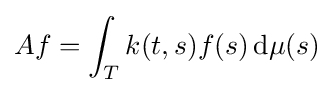
Af=\int _{T}k(t,s)f(s)\,\mathrm {d} \mu (s)